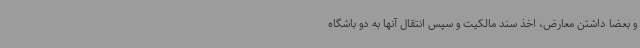
و بعضا داشتن معارض، اخذ سند مالکیت و سپس انتقال آنها به دو باشگاه